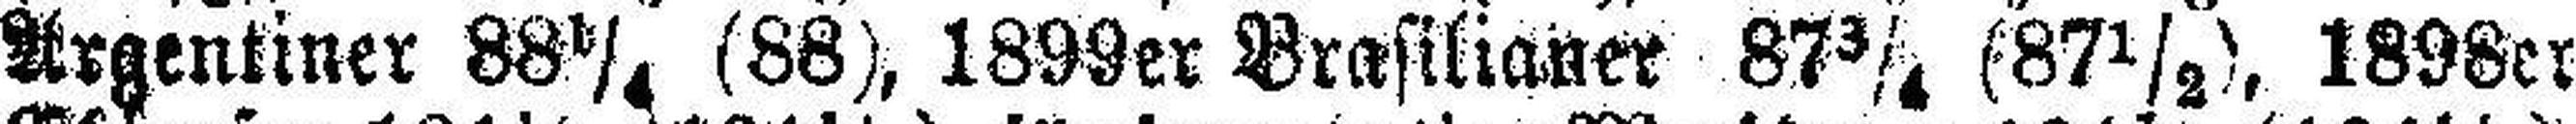
Arsentiner 88¼ (88), 1899er Brasilianer 87¾ (87½), 1898er